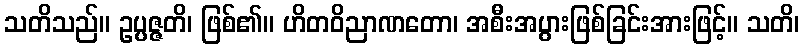
သတိသည်။ ဥပ္ပဇ္ဇတိ၊ ဖြစ်၏။ ဟိတဝိညာဏတော၊ အစီးအပွားဖြစ်ခြင်းအားဖြင့်။ သတိ၊